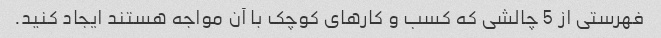
فهرستی از 5 چالشی که کسب و کارهای کوچک با آن مواجه هستند ایجاد کنید.